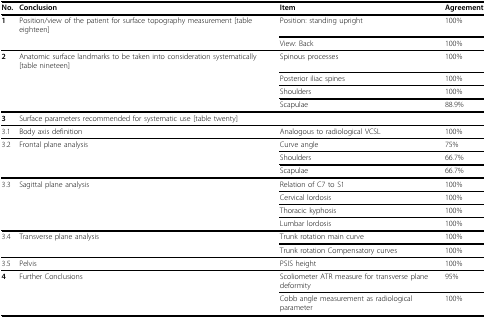
| No. | Conclusion | Item | Agreement |
 | --- | --- | --- | --- |
 | 1 | Position/view of the patient for surface topography measurement [table eighteen] | Position: standing upright | 100% |
 |  |  | View: Back | 100% |
 | 2 | Anatomic surface landmarks to be taken into consideration systematically [table nineteen] | Spinous processes | 100% |
 |  |  | Posterior iliac spines | 100% |
 |  |  | Shoulders | 100% |
 |  |  | Scapulae | 88.9% |
 | 3 | <COLSPAN=3> Surface parameters recommended for systematic use [table twenty] |
 | 3.1 | Body axis definition | Analogous to radiological VCSL | 100% |
 | 3.2 | Frontal plane analysis | Curve angle | 75% |
 |  |  | Shoulders | 66.7% |
 |  |  | Scapulae | 66.7% |
 | 3.3 | Sagittal plane analysis | Relation of C7 to S1 | 100% |
 |  |  | Cervical lordosis | 100% |
 |  |  | Thoracic kyphosis | 100% |
 |  |  | Lumbar lordosis | 100% |
 | 3.4 | Transverse plane analysis | Trunk rotation main curve | 100% |
 |  |  | Trunk rotation Compensatory curves | 100% |
 | 3.5 | Pelvis | PSIS height | 100% |
 | 4 | Further Conclusions | Scoliometer ATR measure for transverse plane deformity | 95% |
 |  |  | Cobb angle measurement as radiological parameter | 100% |